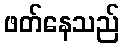
ဖတ်နေသည်